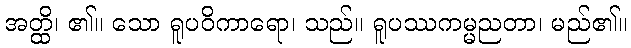
အတ္ထိ၊ ၏။ သော ရူပဝိကာရော၊ သည်။ ရူပဿကမ္မညတာ၊ မည်၏။